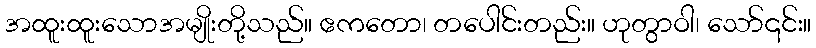
အထူးထူးသောအမျိုးတို့သည်။ ဧကတော၊ တပေါင်းတည်း။ ဟုတွာဝါ၊ သော်၎င်း။